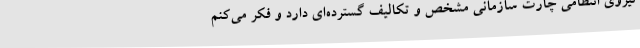
نیروی انتظامی چارت سازمانی مشخص و تکالیف گسترده‌ای دارد و فکر می‌کنم